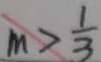
m > \frac { 1 } { 3 }